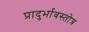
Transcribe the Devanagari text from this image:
प्रादुर्भावस्तोत्र